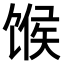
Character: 𫗯